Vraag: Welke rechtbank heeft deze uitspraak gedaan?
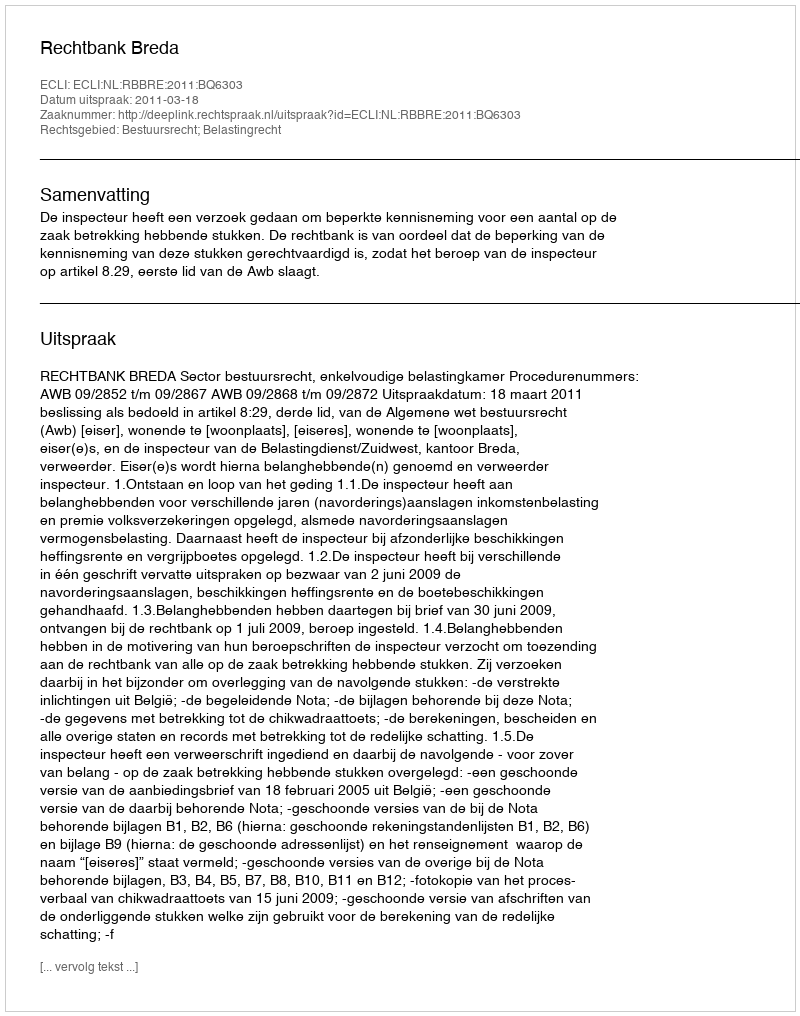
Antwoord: Rechtbank Breda